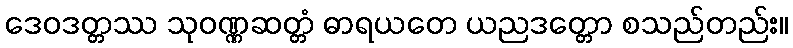
ဒေဝဒတ္တဿ သုဝဏ္ဏဆတ္တံ ဓာရယတေ ယညဒတ္တော စသည်တည်း။